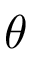
\theta